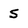
Character: S